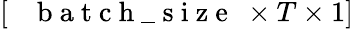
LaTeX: \left[\mathrm{~\texttt~{~b~a~t~c~h~\_ ~s~i~z~e~}~}\times T\times 1\right]